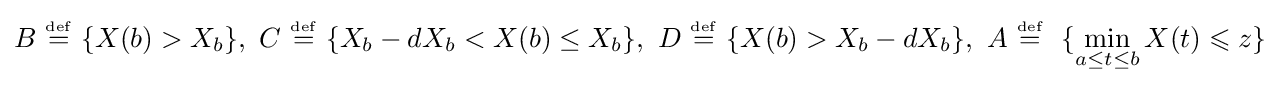
B\ {\overset {\underset {\mathrm {def} }{}}{=}}\ \{X(b)>X_{b}\},\ C\ {\overset {\underset {\mathrm {def} }{}}{=}}\ \{X_{b}-dX_{b}<X(b)\leq X_{b}\},\ D\ {\overset {\underset {\mathrm {def} }{}}{=}}\ \{X(b)>X_{b}-dX_{b}\},\ A\ {\overset {\underset {\mathrm {def} }{}}{=}}\ \ \{\min _{a\leq t\leq b}X(t)\leqslant z\}